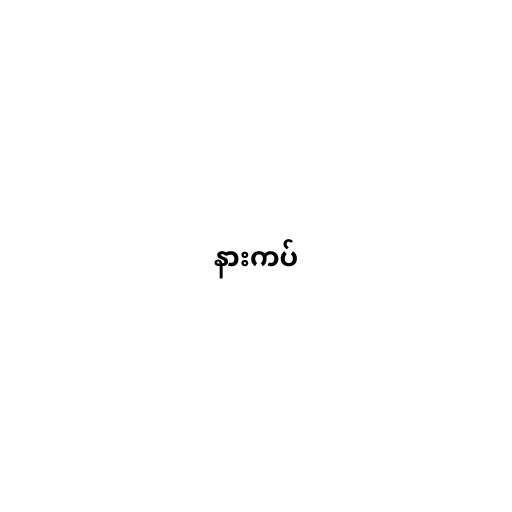
နားကပ်